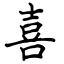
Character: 喜